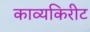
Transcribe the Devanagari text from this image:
काव्यकिरीट